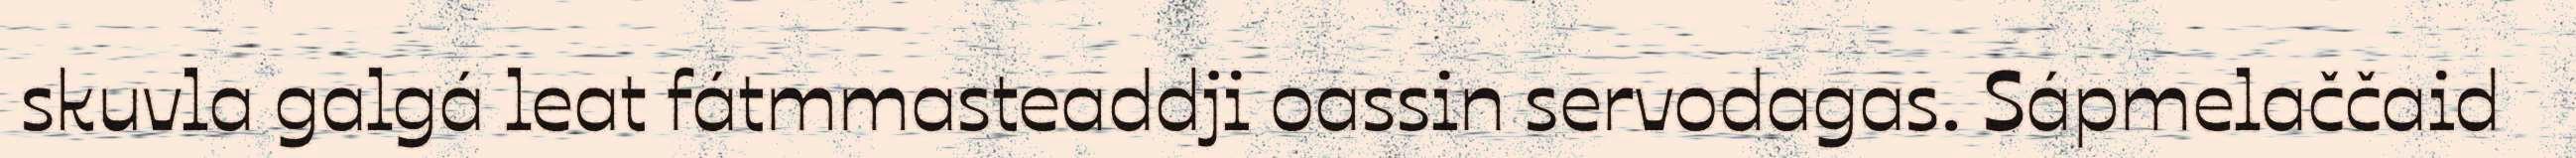
skuvla galgá leat fátmmasteaddji oassin servodagas. Sápmelaččaid